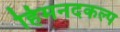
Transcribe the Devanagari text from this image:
हिमनदकल्प